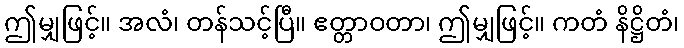
ဤမျှဖြင့်။ အလံ၊ တန်သင့်ပြီ။ ဧတ္တာဝတာ၊ ဤမျှဖြင့်။ ကတံ နိဋ္ဌိတံ၊